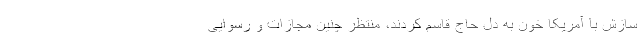
سازش با آمریکا خون به دل حاج قاسم کردند، منتظر چنین مجازات و رسوایی